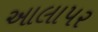
આલાપર